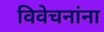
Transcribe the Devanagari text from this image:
विवेचनांना